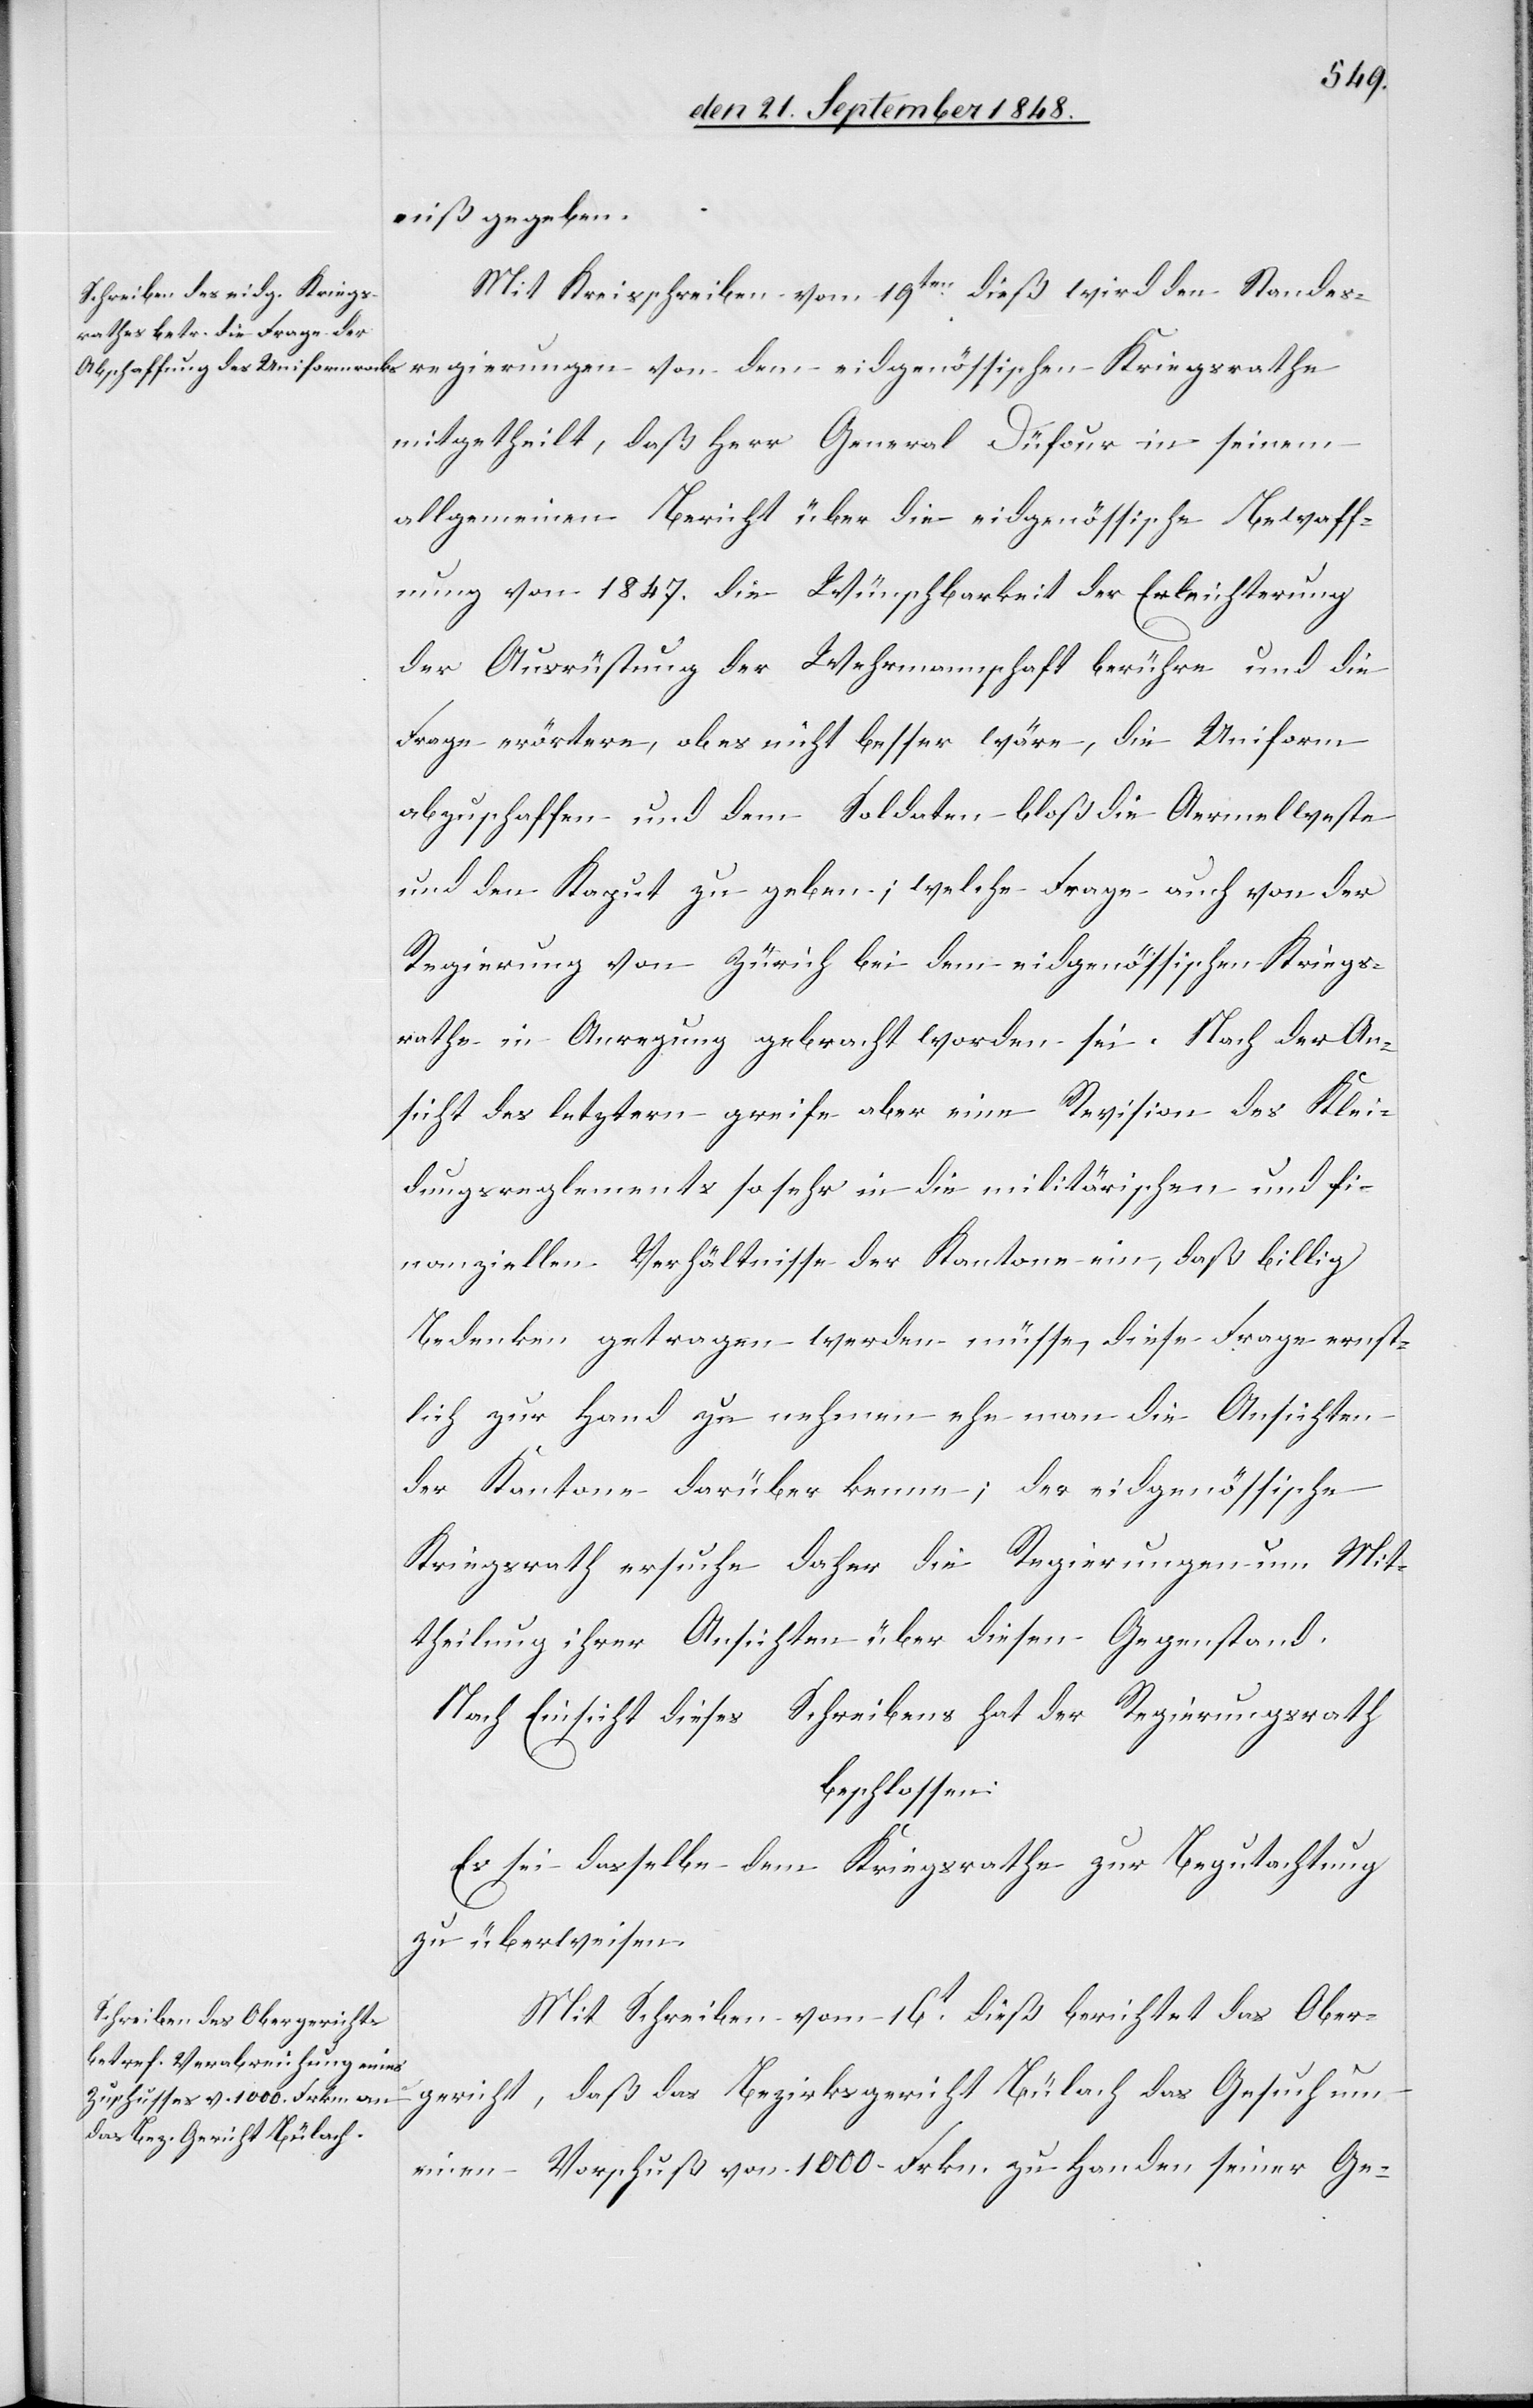
gierungen
niß gegeben.
Mit Kreisschreiben vom 19ten dieß wird den Standesre¬
mitgetheilt, daß Herr General Düfour in seinem
allgemeinen Bericht über die eidgenössische Bewaff¬
nung von 1847. die Wünschbarkeit der Erleichterung
der Ausrüstung der Wehrmannschaft berühre und die
Frage erörtere, ob es nicht besser wäre, die Uniform
abzuschaffen und dem Soldaten bloß die Aermelweste
und den Kaput zu geben; welche Frage auch von der
Regierung von Zürich bei dem eidgenössischen Kriegs¬
rathe in Anregung gebracht worden sei. Nach der An¬
sicht des letztern greife aber eine Revision des Klei¬
dungsregelements so sehr in die militärischen und fi¬
nanziellen Verhältnisse der Kantone ein, daß billig
Bedenken getragen werden müsse, diese Frage ernst¬
lich zur Hand zu nehmen ehe man die Ansichten
der Kantone darüber kenne; der eidgenössische
Kriegsrath ersuche daher die Regierungen um Mit¬
theilung ihrer Ansichten über diesen Gegenstand.
Nach Einsicht dieses Schreibens hat der Regierungsrath
beschlossen:
Es sei dasselbe dem Kriegsrathe zur Begutachtung
zu überweisen.
Mit Schreiben vom 16t dieß berichtet das Ober¬
gericht, daß das Bezirksgericht Bülach das Gesuch um
einen Vorschuß von 1000. Frkn. zu Handen seiner Ge-